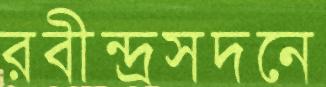
রবীন্দ্রসদনে